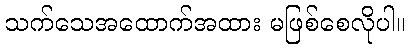
သက်သေအထောက်အထား မဖြစ်စေလိုပါ။